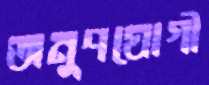
অনুপযোগী